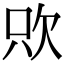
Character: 㰨